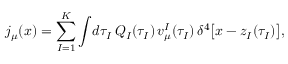
j _ { \mu } ( x ) = \sum _ { I = 1 } ^ { K } \int \! d \tau _ { I } \, Q _ { I } ( \tau _ { I } ) \, v _ { \mu } ^ { I } ( \tau _ { I } ) \, \delta ^ { 4 } \bigl [ x - z _ { I } ( \tau _ { I } ) \bigr ] ,